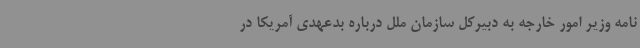
نامه وزیر امور خارجه به دبیرکل سازمان ملل درباره بدعهدی آمریکا در